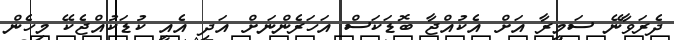
ދެރަވާނޭ ސަމީރާ އަށް އެކުއްޖާ ބޮޑަކަސް އަހަރެންނަށް އަދި އެއީ ކުޑަކުއްޖެކޭ މިހެން